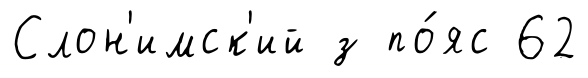
Слон'имск'ий з по́яс 62